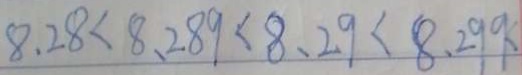
8 . 2 8 < 8 . 2 8 9 < 8 . 2 9 < 8 . 2 9 9 <